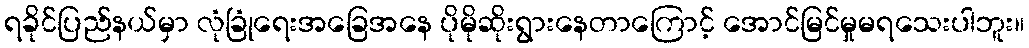
ရခိုင်ပြည်နယ်မှာ လုံခြုံရေးအခြေအနေ ပိုမိုဆိုးရွားနေတာကြောင့် အောင်မြင်မှုမရသေးပါဘူး။